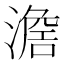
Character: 𣽃